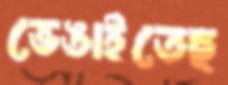
ভেঙাইতেছ